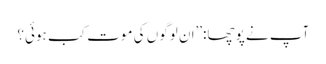
آپ نے پوچھا:’’ان لوگوں کی موت کب ہوئی؟